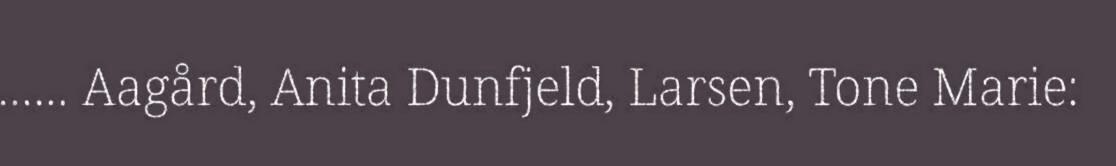
…… Aagård, Anita Dunfjeld, Larsen, Tone Marie: